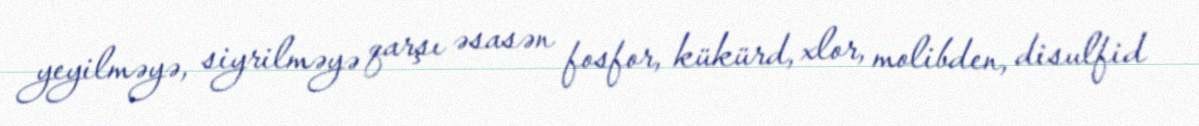
yeyilməyə, siyrilməyə qarşı əsasən fosfor, kükürd, xlor, molibden, disulfid